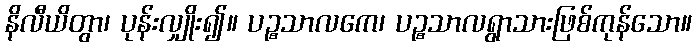
နိလီယိတွာ၊ ပုန်းလျှိုး၍။ ပဉ္စသာလကေ၊ ပဉ္စသာလရွာသားဖြစ်ကုန်သော။